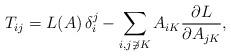
LaTeX: \begin{align*}T_{ij}=L(A)\,\delta_i^j-\sum_{i,j\not\ni K}A_{iK}\frac{\partial L}{\partial A_{jK}},\end{align*}